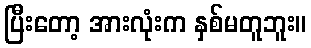
ပြီးတော့ အားလုံးက နှစ်မတူဘူး။